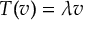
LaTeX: T ( v ) = \lambda v